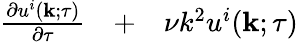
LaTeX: \begin{array}{rlr}{\frac{\partial u^{i}({\mathbf{k}};\tau)}{\partial\tau}}&{{}+}&{\nu k^{2}u^{i}({\mathbf{k}};\tau)}\end{array}